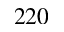
2 2 0